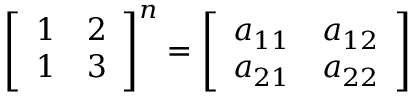
{ \left[ \begin{array} { l l } { 1 } & { 2 } \\ { 1 } & { 3 } \end{array} \right] } ^ { n } = { \left[ \begin{array} { l l } { a _ { 1 1 } } & { a _ { 1 2 } } \\ { a _ { 2 1 } } & { a _ { 2 2 } } \end{array} \right] }